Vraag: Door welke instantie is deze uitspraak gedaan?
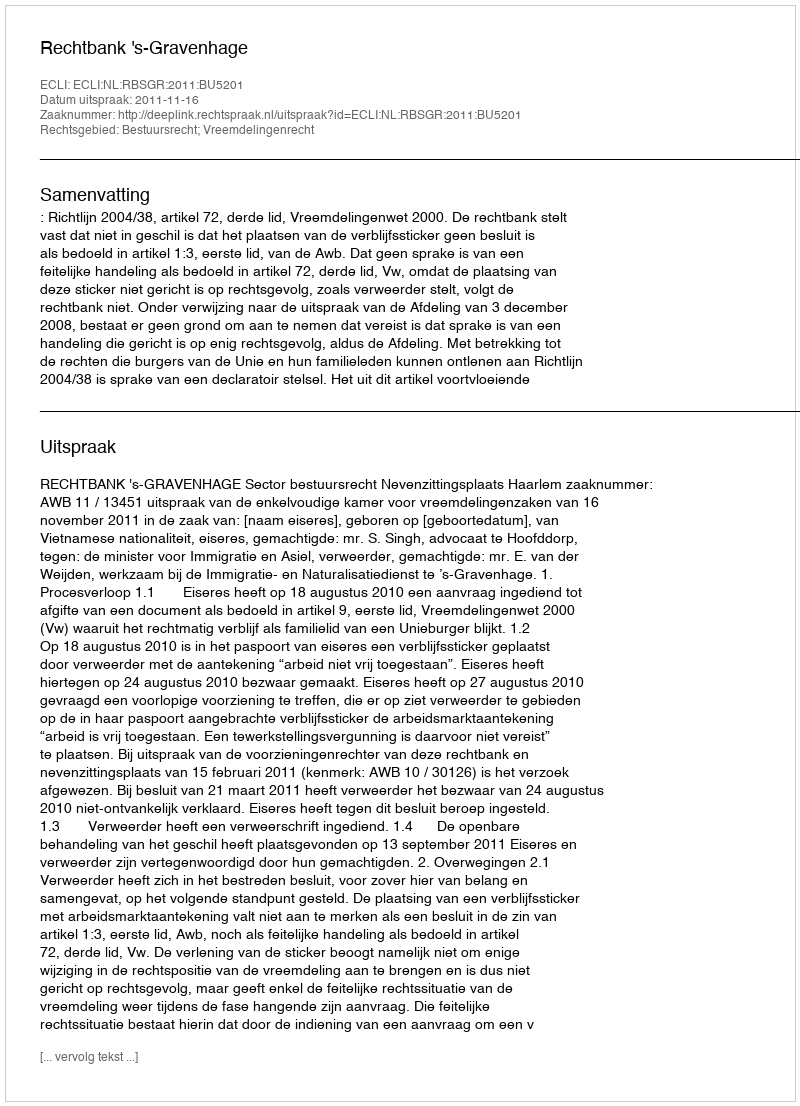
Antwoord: Rechtbank 's-Gravenhage